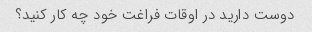
دوست دارید در اوقات فراغت خود چه کار کنید؟